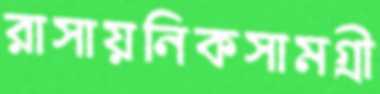
রাসায়নিকসামগ্রী